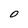
Character: O